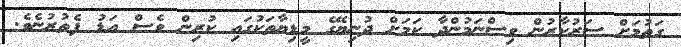
ގަތުމަށް ސަރުކާރުން ވިސްނަމުންދާ ކަމަށް ދުނިޔޭގެ މީޑިޔާތަކުގައި ކުރިން ވެސް އަޑު ފެތުރުނެވެ.